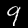
Digit: 9